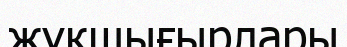
жүкшығырлары